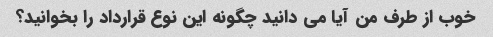
خوب از طرف من آیا می دانید چگونه این نوع قرارداد را بخوانید؟